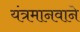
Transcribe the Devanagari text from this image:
यंत्रमानवाने